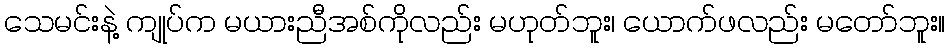
သေမင်းနဲ့ ကျုပ်က မယားညီအစ်ကိုလည်း မဟုတ်ဘူး၊ ယောက်ဖလည်း မတော်ဘူး။